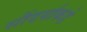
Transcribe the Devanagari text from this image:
सौंदर्याकडे